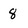
Character: 8